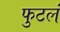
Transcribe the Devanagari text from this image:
फुटलं